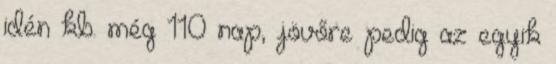
idén kb. még 110 nap, jövőre pedig az egyik